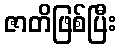
ဇာတိဖြစ်ပြီး